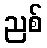
ညစ်